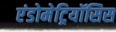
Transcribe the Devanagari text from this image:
एंडोमेट्रियॉसिस